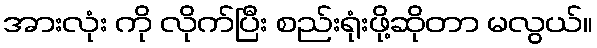
အားလုံး ကို လိုက်ပြီး စည်းရုံးဖို့ဆိုတာ မလွယ်။